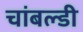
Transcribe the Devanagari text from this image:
चांबल्डी